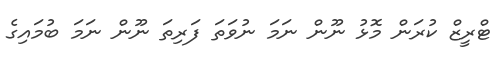
ޓްރީޒް ކުރަން މޮޅު ނޫން ނަމަ ނުވަތަ ފަރިތަ ނޫން ނަމަ ބުމައިގެ